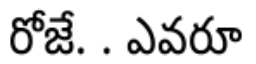
రోజే. . ఎవరూ